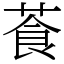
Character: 䓹